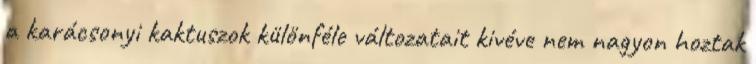
a karácsonyi kaktuszok különféle változatait kivéve nem nagyon hoztak